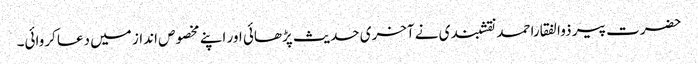
حضرت پیر ذوالفقاراحمد نقشبندی نے آخری حدیث پڑھائی اور اپنے مخصوص انداز میں دعا کروائی۔